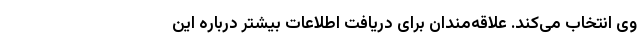
وی انتخاب می‌کند. علاقه‌مندان برای دریافت اطلاعات بیشتر درباره این